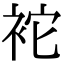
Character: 袉